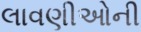
લાવણીઓની